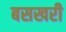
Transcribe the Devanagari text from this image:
बसखरी